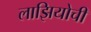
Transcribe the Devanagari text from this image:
लाझियोची